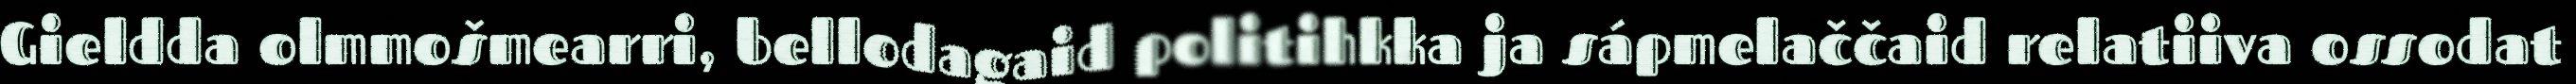
Gieldda olmmošmearri, bellodagaid politihkka ja sápmelaččaid relatiiva ossodat